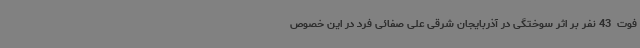
فوت  43 نفر بر اثر سوختگی در آذربایجان شرقی علی صفائی فرد در این خصوص